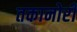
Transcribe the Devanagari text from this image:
तकानोरी